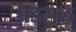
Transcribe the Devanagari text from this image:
बडसल